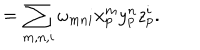
= \sum _ { m , n , i } \omega _ { m n i } x _ { p } ^ { m } y _ { p } ^ { n } z _ { p } ^ { i } .